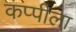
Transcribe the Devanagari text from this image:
कप्पीला